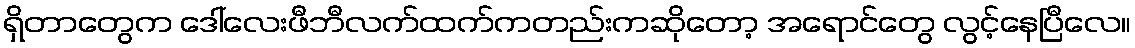
ရှိတာတွေက ဒေါ်လေးဖီဘီလက်ထက်ကတည်းကဆိုတော့ အရောင်တွေ လွင့်နေပြီလေ။